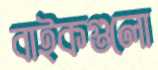
বাইকগুলো